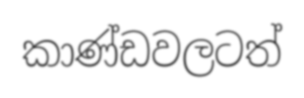
කාණ්ඩවලටත්